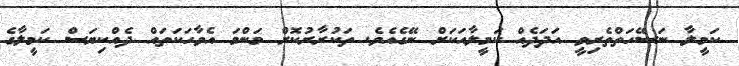
ކަމީލާ ނަސޭހަތްތެރިވީ އަދަދެއް ކަމީލާއަކަށް ނޭގެއެވެ. ތަކުރާރުކޮށް މަންމަ އެވާހަކަތައް ދެއްކިޔަސް ކަމީލާގެ